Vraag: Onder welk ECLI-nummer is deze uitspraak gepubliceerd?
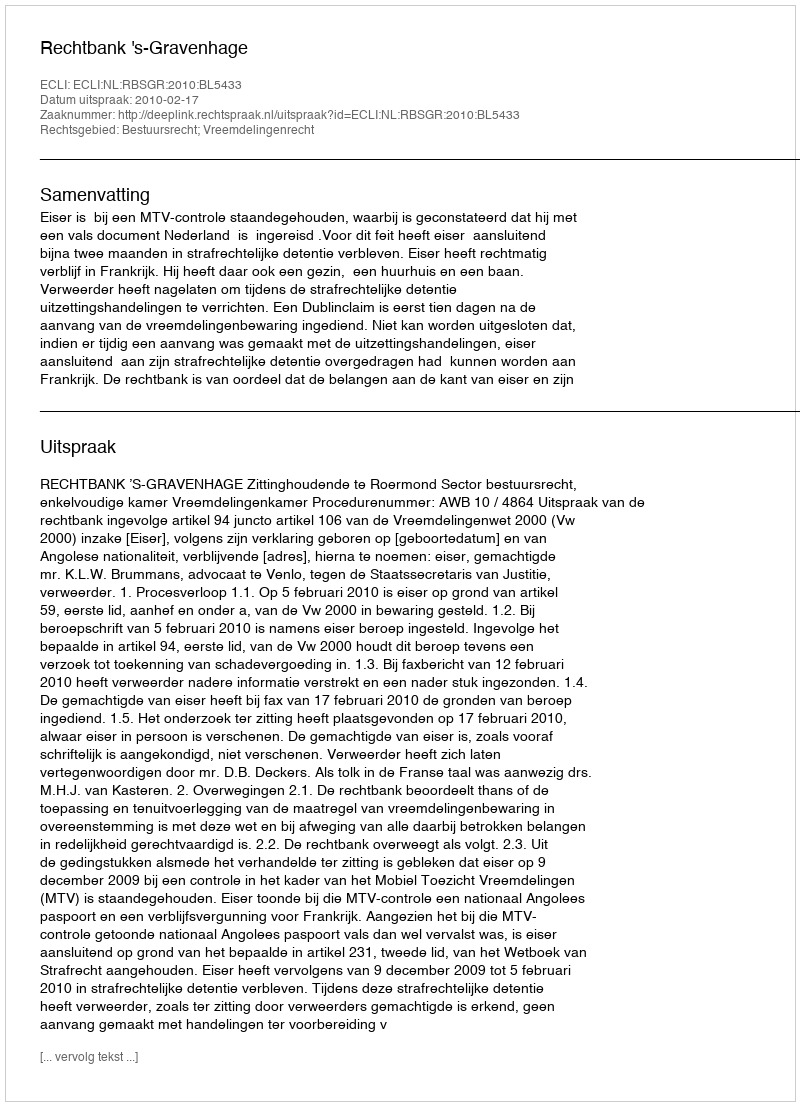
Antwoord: ECLI:NL:RBSGR:2010:BL5433